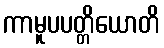
ကာမူပပတ္တိယောတိ